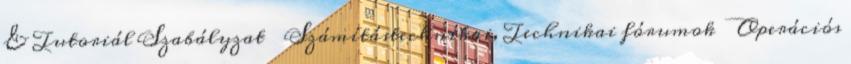
& Tutoriál Szabályzat → Számítástechnikai, Technikai fórumok → Operációs